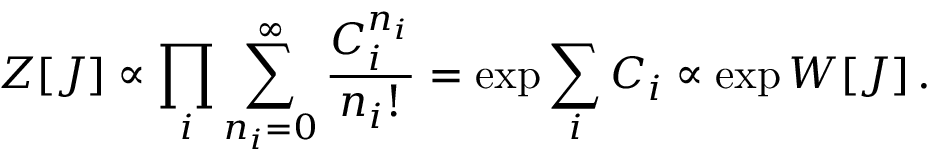
Z [ J ] \propto \prod _ { i } { \sum _ { n _ { i } = 0 } ^ { \infty } { \frac { C _ { i } ^ { n _ { i } } } { n _ { i } ! } } } = \exp { \sum _ { i } { C _ { i } } } \propto \exp { W [ J ] } \, .